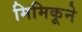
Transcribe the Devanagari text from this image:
मिमिकूने